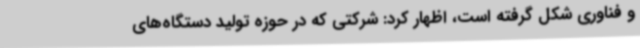
و فناوری شکل گرفته است، اظهار کرد: شرکتی که در حوزه تولید دستگاه‌های